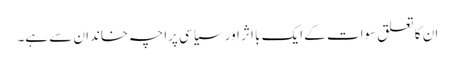
ان کا تعلق سوات کے ایک با اثر اور سیاسی پراچہ خاندان سے ہے۔